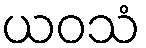
ယဝသံ